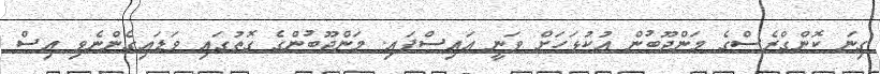
ގިނަ ކޮންގްރެސްގެ މަންދޫބުން އުކުޅަހަށް ވަނީ އައިސްފައި. މަންދޫބުންގެ ގޮތުގައި ވަޑައިގެންނެވި އިސް